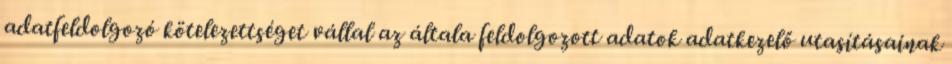
adatfeldolgozó kötelezettséget vállal az általa feldolgozott adatok adatkezelő utasításainak